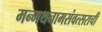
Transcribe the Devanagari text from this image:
मन्मथनामसंवत्सराची